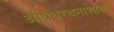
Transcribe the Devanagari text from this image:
औषधरचनाशास्त्र